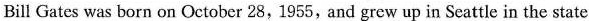
Bill Gates was born on October 28,1955, and grew up in Seattle in the state